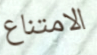
الامتناع